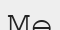
Мө